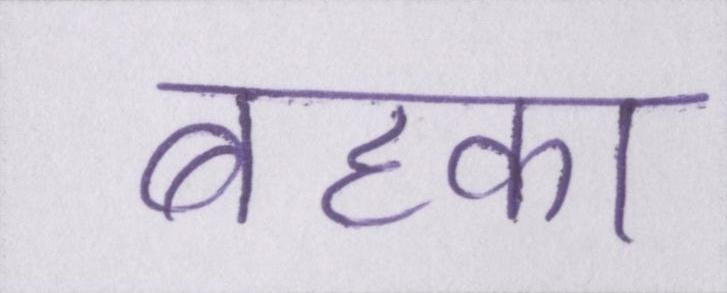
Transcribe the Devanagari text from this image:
बहका